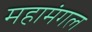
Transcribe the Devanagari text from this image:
महामंगल